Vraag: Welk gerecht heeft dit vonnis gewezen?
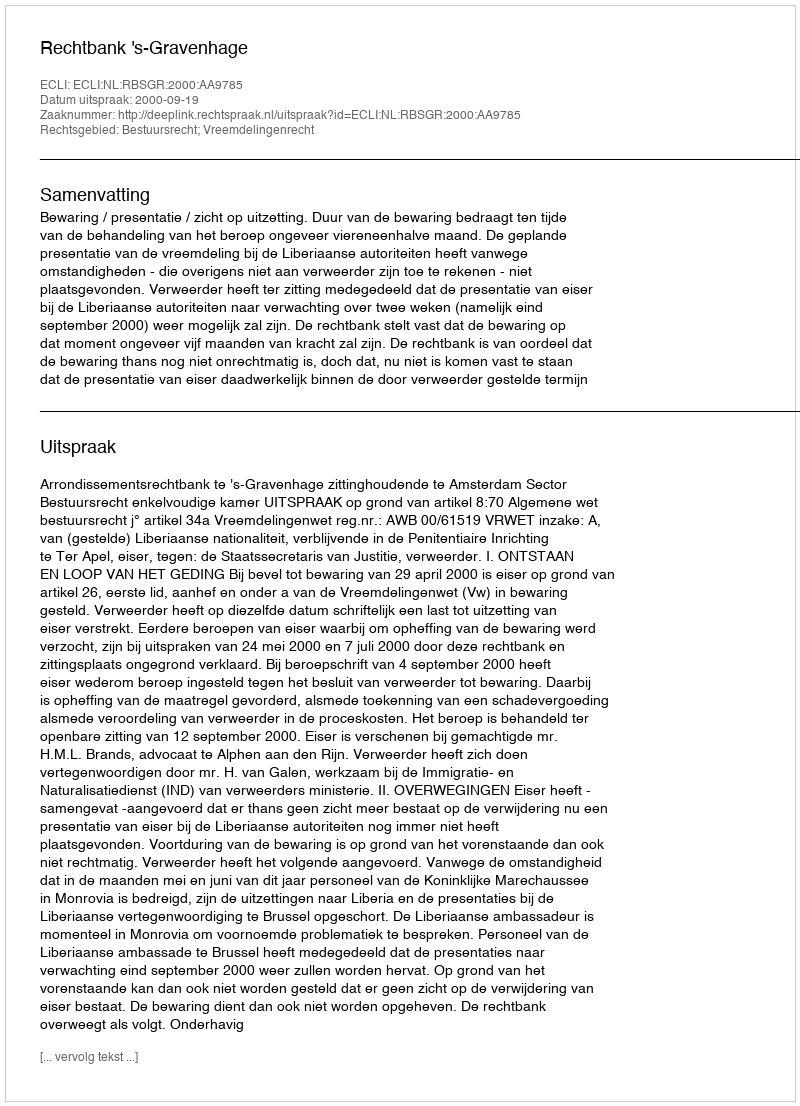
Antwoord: Rechtbank 's-Gravenhage